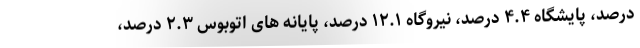
درصد، پایشگاه ۴.۴ درصد، نیروگاه ۱۲.۱ درصد، پایانه های اتوبوس ۲.۳ درصد،